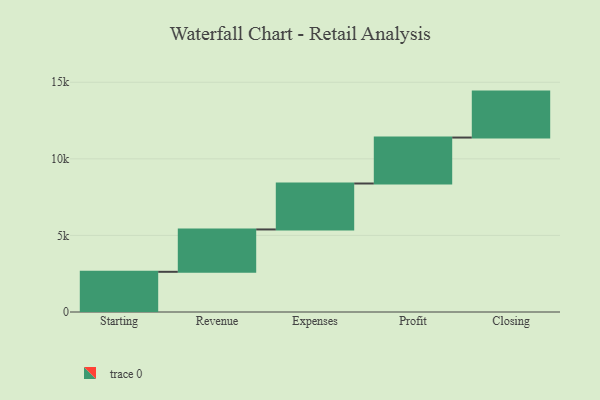
{"axis": {"x": "Step", "y": "Value"}, "legend": [""], "data": [{"x": "Starting", "y": 2624.0, "type": ""}, {"x": "Revenue", "y": 2766.0, "type": ""}, {"x": "Expenses", "y": 3000, "type": ""}, {"x": "Profit", "y": 3000, "type": ""}, {"x": "Closing", "y": 3000, "type": ""}]}